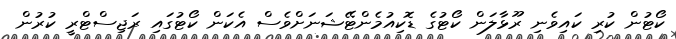
ކޯޓުން ކުރި ކައިވެނި ރޫޅާލަން ކޯޓުގެ ޑޮކިއުމެންޓޭޝަނަށްވެސް އެކަން ކޯޓުގައި ރަޖިސްޓްރީ ކުރުން